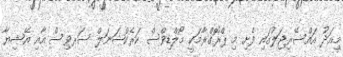
މިއަދު އައްސޭރިޖަލުގައި ފެށި މި ޕްރޮގްރާމަކީ މޯލްޑިވްސް ކަރެކްޝަނަލް ސަރވިސް އާއި އޭޝިޔާ